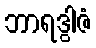
ဘာရဒွါဇံ